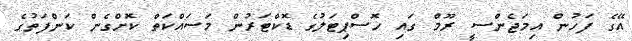
އޭގެ ފަހުން އިމަޖެންސީ ރޫމް ގައި ހޮސްޕިޓަލުގެ ޑޮކްޓަރުން މަސައްކަތް ކޮށްގެން ކަންފަތުގެ